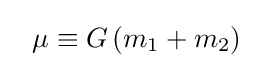
~~\mu \equiv G\left(m_{1}+m_{2}\right)~~